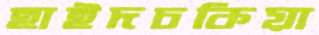
হাইদচকিয়া